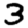
Digit: 3